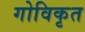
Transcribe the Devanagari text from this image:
गोविकृत